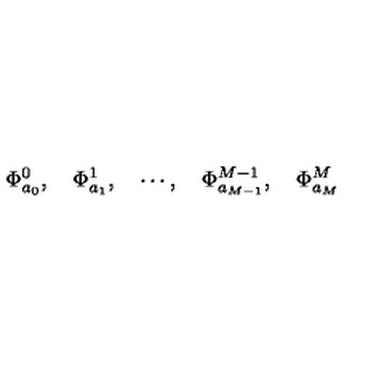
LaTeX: \Phi _ { a _ { 0 } } ^ { 0 } , \quad \Phi _ { a _ { 1 } } ^ { 1 } , \quad \cdots , \quad \Phi _ { a _ { M - 1 } } ^ { M - 1 } , \quad \Phi _ { a _ { M } } ^ { M }